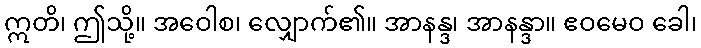
ဣတိ၊ ဤသို့။ အဝေါစ၊ လျှောက်၏။ အာနန္ဒ၊ အာနန္ဒာ။ ဧဝမေဝ ခေါ၊